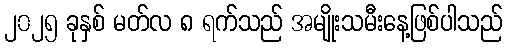
၂၀၂၅ ခုနှစ် မတ်လ ၈ ရက်သည် အမျိုးသမီးနေ့ဖြစ်ပါသည်